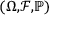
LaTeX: \scriptstyle ( \Omega , { \mathcal { F } } , \mathbb { P } )